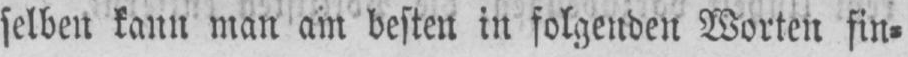
selben kann man am besten in folgenden Worten fin⸗